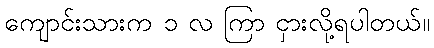
ကျောင်းသားက ၁ လ ကြာ ငှားလို့ရပါတယ်။